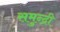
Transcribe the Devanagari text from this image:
समुन्द्री